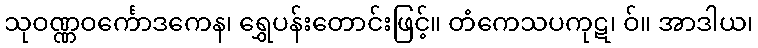
သုဝဏ္ဏဝင်္ကောဒကေန၊ ရွှေပန်းတောင်းဖြင့်။ တံကေသပကုဋ၊ ဝ်။ အာဒါယ၊